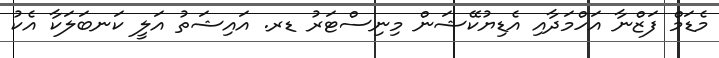
މެޑަމް ފަޒްނާ އަހްމަދާއި އެޑިޔުކޭޝަން މިނިސްޓަރު ޑރ. އައިޝަތު އަލީ ކަނބަލަކާ އެކު